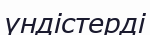
үндістерді